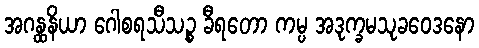
အဂန္ထနိယာ ဂေါစရသီသဉ္စ ခီရတော ကမ္ပ အဒုက္ခမသုခဝေဒနော